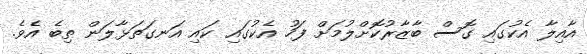
އާއިލާ އެކުގައި ގޮސް ބާޒާރުކޮށްލުމަށް ފަހު އެކުގައި ކައި އަނގަތަޅާލަން ތިބެ އެވެ.